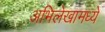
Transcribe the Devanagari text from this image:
अभिलेखामध्ये